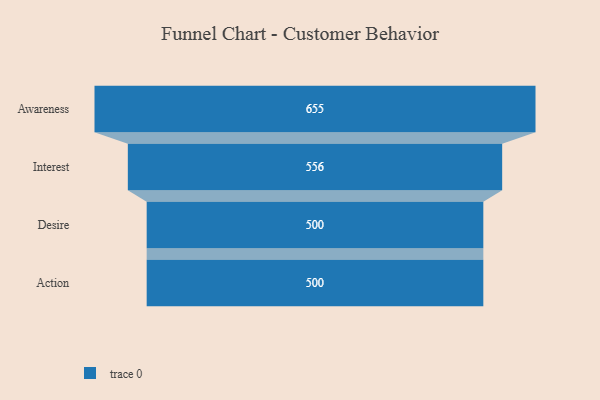
{"axis": {"x": "Stage", "y": "Value"}, "legend": [""], "data": [{"x": "Awareness", "y": 655.0, "type": ""}, {"x": "Interest", "y": 556.0, "type": ""}, {"x": "Desire", "y": 500, "type": ""}, {"x": "Action", "y": 500, "type": ""}]}